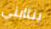
ينتابني